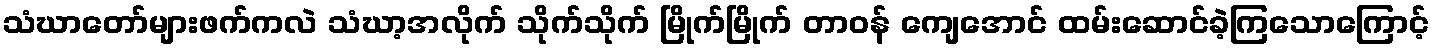
သံဃာတော်များဖက်ကလဲ သံဃာ့အလိုက် သိုက်သိုက် မြိုက်မြိုက် တာဝန် ကျေအောင် ထမ်းဆောင်ခဲ့ကြသောကြောင့်